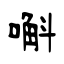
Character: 嘝